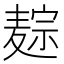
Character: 𪎏